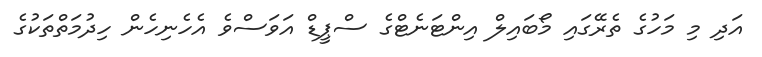
އަދި މި މަހުގެ ތެރޭގައި މޯބައިލް އިންޓަނެޓްގެ ސްޕީޑް އަވަސްވެ އެހެނިހެން ހިދުމަތްތަކުގެ